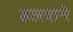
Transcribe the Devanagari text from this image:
डलवाने